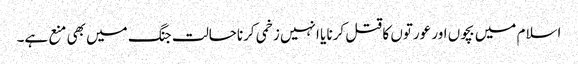
اسلام میں بچوں اور عورتوں کا قتل کرنا یا انہیں زخمی کرناحالت جنگ میں بھی منع ہے۔